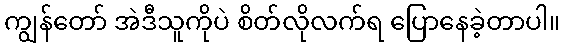
ကျွန်တော် အဲဒီသူကိုပဲ စိတ်လိုလက်ရ ပြောနေခဲ့တာပါ။